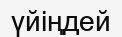
үйіңдей